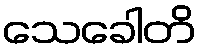
သေခေါတိ